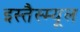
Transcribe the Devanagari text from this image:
इस्तैस्म्यूल